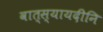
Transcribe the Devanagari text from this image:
वात्स्यायदीनि